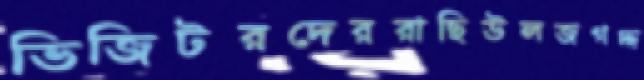
ভিজিটরদেররাছিউলজগদ্দ